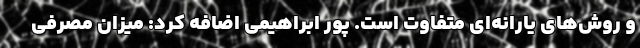
و روش‌های یارانه‌ای متفاوت است. پور ابراهیمی اضافه کرد: میزان مصرفی